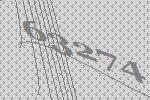
63274